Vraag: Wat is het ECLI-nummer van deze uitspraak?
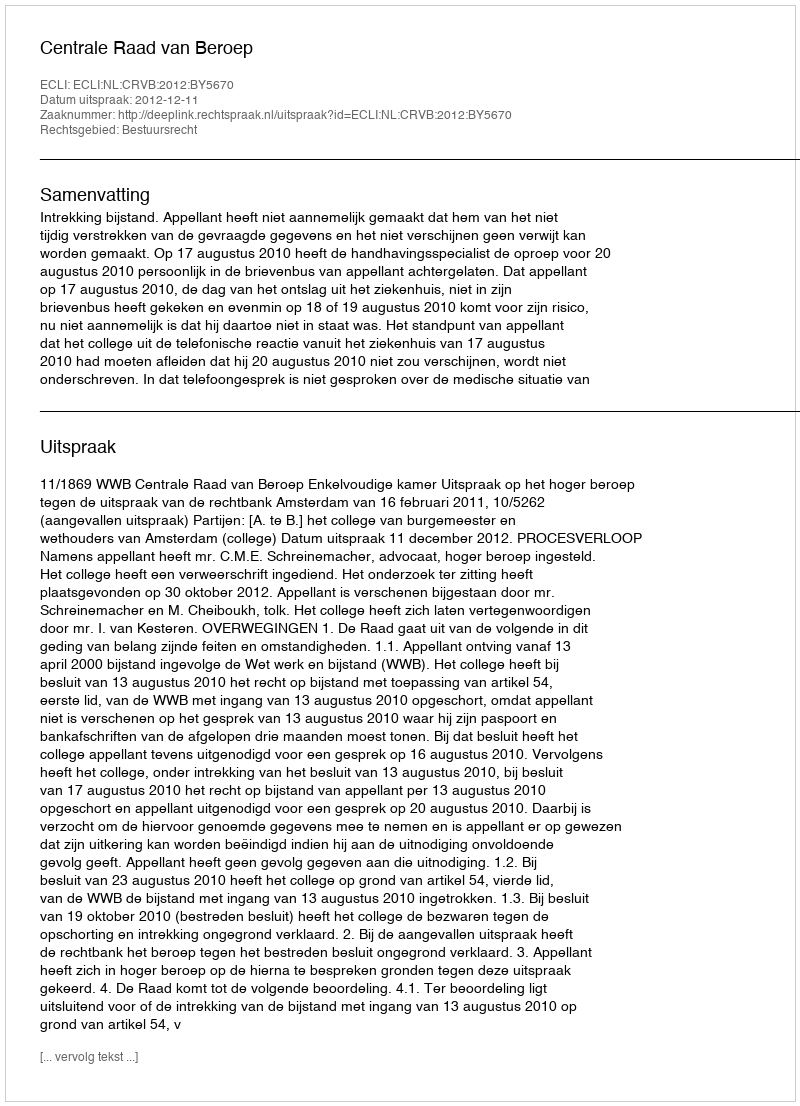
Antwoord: ECLI:NL:CRVB:2012:BY5670